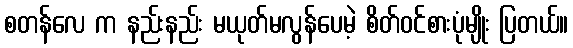
စတန်လေ က နည်းနည်း မယုတ်မလွန်ပေမဲ့ စိတ်ဝင်စားပုံမျိုး ပြတယ်။